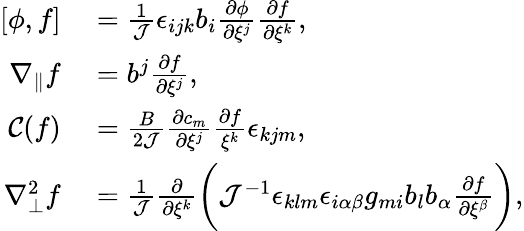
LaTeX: \begin{array}{rl}{[\phi,f]}&{{}=\frac{1}{\mathcal{J}}\epsilon_{ijk}b_{i}\frac{\partial\phi}{\partial\xi^{j}}\frac{\partial f}{\partial\xi^{k}},}\\ {\nabla_{\parallel}f}&{{}=b^{j}\frac{\partial f}{\partial\xi^{j}},}\\ {\mathcal{C}(f)}&{{}=\frac{B}{2\mathcal{J}}\frac{\partial c_{m}}{\partial\xi^{j}}\frac{\partial f}{\xi^{k}}\epsilon_{kjm},}\\ {\nabla_{\perp}^{2}f}&{{}=\frac{1}{\mathcal{J}}\frac{\partial}{\partial\xi^{k}}\bigg(\mathcal{J}^{-1}\epsilon_{klm}\epsilon_{i\alpha\beta}g_{mi}b_{l}b_{\alpha}\frac{\partial f}{\partial\xi^{\beta}}\bigg),}\end{array}